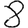
Digit: 8